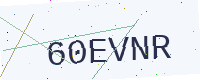
Text: 60EVNR